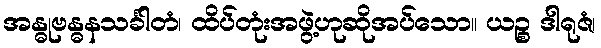
အန္ဓုဗန္ဓနသင်္ခါတံ၊ ထိပ်တုံးအဖွဲ့ဟုဆိုအပ်သော။ ယဉ္စ ဒါရုဇံ၊